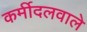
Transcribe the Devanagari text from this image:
कर्मीदलवाले